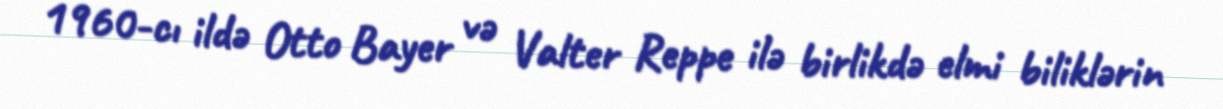
1960-cı ildə Otto Bayer və Valter Reppe ilə birlikdə elmi biliklərin